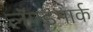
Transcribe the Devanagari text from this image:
लॅण्डमार्क